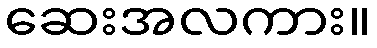
ဆေးအလကား။